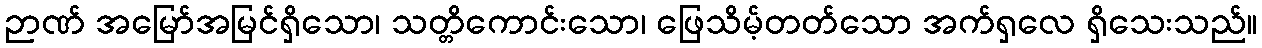
ဉာဏ် အမြော်အမြင်ရှိသော၊ သတ္တိကောင်းသော၊ ဖြေသိမ့်တတ်သော အက်ရှလေ ရှိသေးသည်။